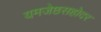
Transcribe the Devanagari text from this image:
यमजेष्ठसहोदर